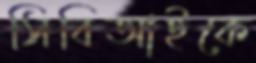
সিবিআইকে